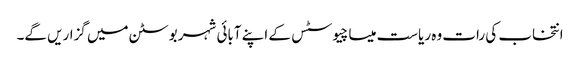
انتخاب کی رات وہ ریاست میساچیوسٹس کے اپنے آبائی شہر بوسٹن میں گزاریں گے۔